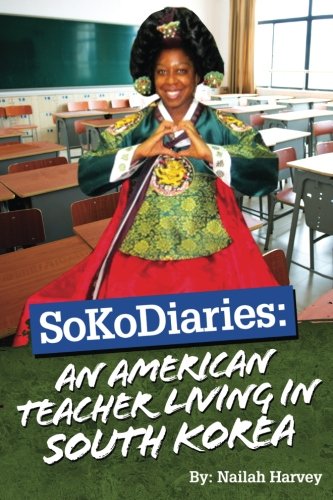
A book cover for SoKoDiaries: An American Teacher Living in South Korea; Nailah Harvey; Travel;